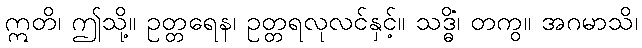
ဣတိ၊ ဤသို့။ ဥတ္တရေန၊ ဥတ္တရလုလင်နှင့်။ သဒ္ဓိံ၊ တကွ။ အဂမာသိ၊